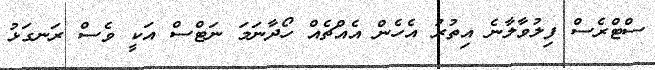
ސްޓްރެސް ފިލުވާލާނެ އިތުރު އެހެން އެއްޗެއް ހޯދާނަމަ ނަޓްސް އަކީ ވެސް ރަނގަޅު